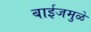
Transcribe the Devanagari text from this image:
बाईजमुळे